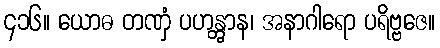
၄၁၆။ ယောဓ တဏှံ ပဟန္တွာန၊ အနာဂါရော ပရိဗ္ဗဇေ။